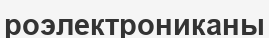
роэлектрониканы